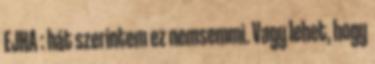
EJHA : hát szerintem ez nemsemmi. Vagy lehet, hogy